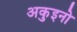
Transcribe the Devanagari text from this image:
अकुइनो